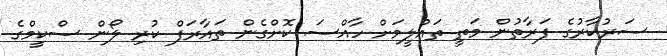
ސަރުކާރުގެ ފަރާތުން މަތީ ތައުލީމަށް ހާއްސަ ކޮށްގެން ތައާރަފް ކުރި ލޯން ސްކީމްގެ